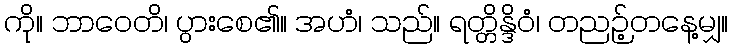
ကို။ ဘာဝေတိ၊ ပွားစေ၏။ အဟံ၊ သည်။ ရတ္တိန္ဒိဝံ၊ တညဉ့်တနေ့မျှ။